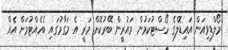
މޯލްޑިވިއަން އައިޑޮލްގެ ހޯސްޓުކަމުން މައުރީން ބޭރުކޮށް މަރީ އެ މަގާމުގައި ބެހެއްޓުމަށް އެއް